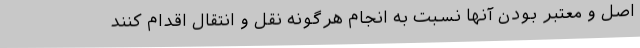
اصل و معتبر بودن آنها نسبت به انجام هرگونه نقل و انتقال اقدام کنند